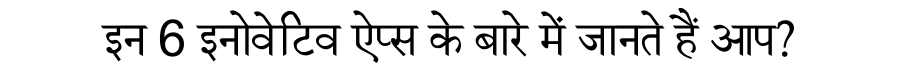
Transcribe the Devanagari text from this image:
इन 6 इनोवेटिव ऐप्स के बारे में जानते हैं आप?